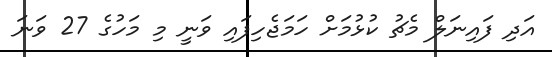
އަދި ފައިނަލް މެޗު ކުޅުމަށް ހަމަޖެހިފައި ވަނީ މި މަހުގެ 27 ވަނަ